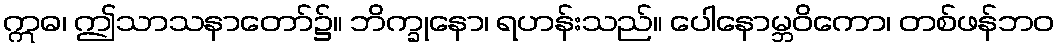
ဣဓ၊ ဤသာသနာတော်၌။ ဘိက္ခုနော၊ ရဟန်းသည်။ ပေါနောမ္ဘဝိကော၊ တစ်ဖန်ဘဝ